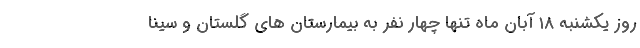
روز یکشنبه ۱۸ آبان ماه تنها چهار نفر به بیمارستان های گلستان و سینا